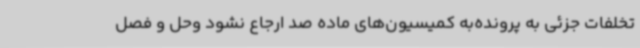
تخلفات جزئی به پرونده‌به کمیسیون‌های ماده صد ارجاع نشود وحل و فصل